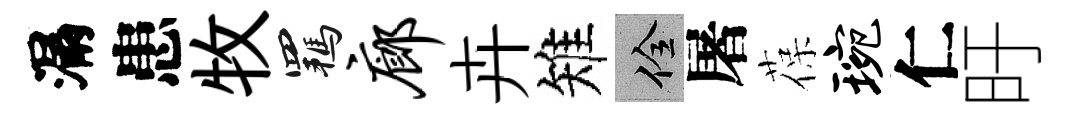
漏患牧羈廊卉雉佺屠葆琬仁旴